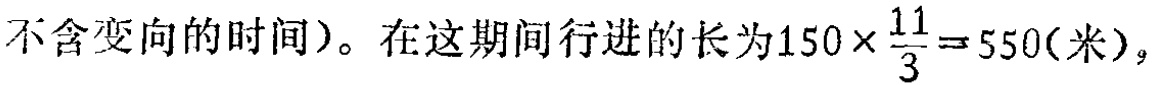
不含变向的时间）。在这期间行进的长为\(150\times\frac{11}{3}=550(米)\)，